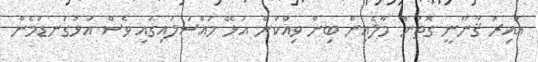
ޣައިރު ޤާނޫނީ ގޮތުން މާލެއިން ބިން ވިއްކަން އުޅޭ މައްސަލައިގައި ވެސް އަޅުގަނޑުމެން